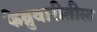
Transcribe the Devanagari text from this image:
फेब्रुवारीतील